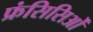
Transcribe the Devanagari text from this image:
फ्रंसिसिओं